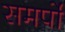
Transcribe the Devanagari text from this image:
समर्पो